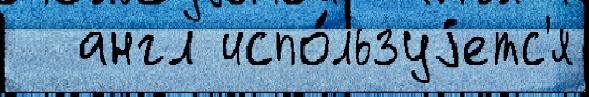
  англ испо́льзуjетс'я